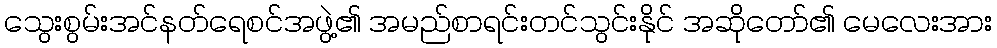
သွေးစွမ်းအင်နတ်ရေစင်အဖွဲ့၏ အမည်စာရင်းတင်သွင်းနိုင် အဆိုတော်၏ မေလေးအား